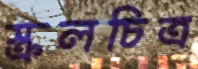
স্ক্রলচিত্র